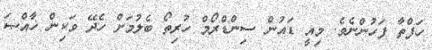
ހަފްތާ ފަހުންނެވެ. މިއީ ޑައުން ސިންޑްރޯމް ހުރިތޯ ބެލުމަށް ހެދޭ ވަކިން ޚާއްޞަ